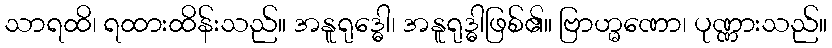
သာရထိ၊ ရထားထိန်းသည်။ အနူရုဒ္ဓေါ၊ အနူရုဒ္ဓါဖြစ်၏။ ဗြာဟ္မဏော၊ ပုဏ္ဏားသည်။